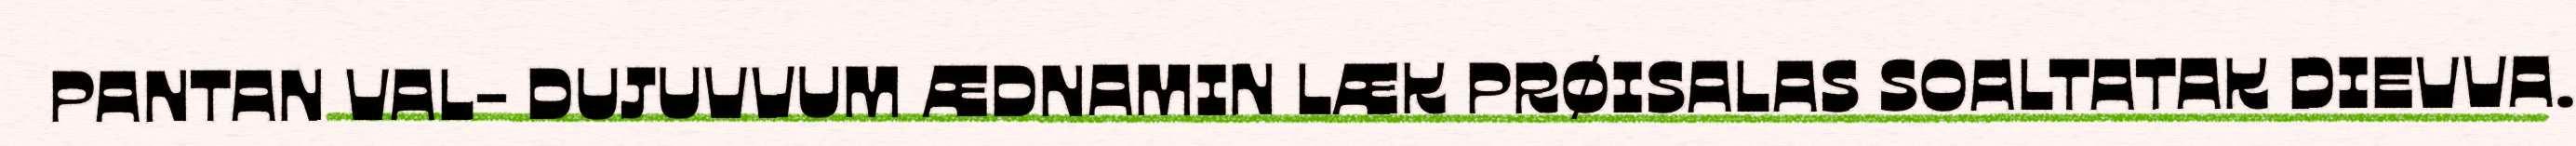
PANTAN VAL- DUJUVVUM ÆDNAMIN LÆK PRØISALAS SOALTATAK DIEVVA.